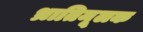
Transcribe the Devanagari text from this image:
भ्रातिमूलक